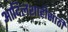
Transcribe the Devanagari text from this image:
आदिलशाहीसाठी